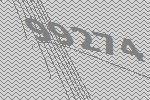
99274